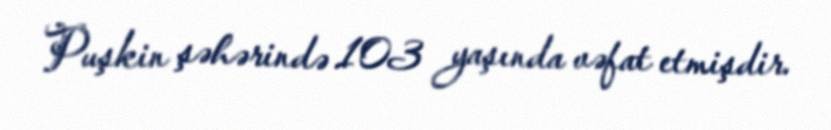
Puşkin şəhərində 103 yaşında vəfat etmişdir.